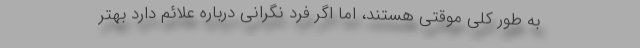
به طور کلی موقتی هستند، اما اگر فرد نگرانی درباره علائم دارد بهتر